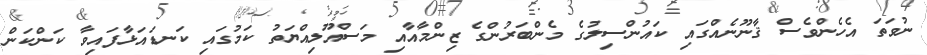
ނުވަތަ އެހެންވެސް ޤާނޫނެއްގައި ކައުންސިލުގެ މެންބަރުންގެ ޒިންމާއާއި މަސްއޫލިއްޔަތު ކަމުގައި ކަނޑައަޅާފައިވާ ކަންކަން